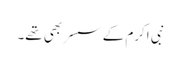
نبی اکرم کے سسر بھی تھے۔